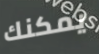
يمكنك